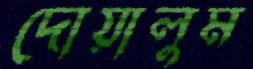
দোয়ালুম